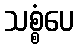
သစ္စံပေ